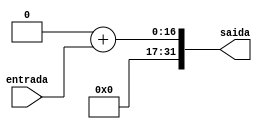
module signExtend (
  input wire [15:0] entrada,
  output wire [31:0] saida
);

  reg [31:0] aux;

  always @(*) begin
      aux = 32'b0 + entrada;
  end

  assign saida = aux;
endmodule